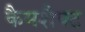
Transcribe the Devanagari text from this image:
कैमशैफ्ट